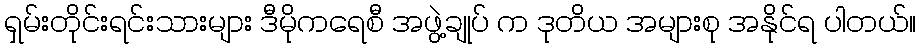
ရှမ်းတိုင်းရင်းသားများ ဒီမိုကရေစီ အဖွဲ့ချုပ် က ဒုတိယ အများစု အနိုင်ရ ပါတယ်။